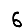
Digit: 6